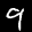
Label: 9